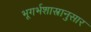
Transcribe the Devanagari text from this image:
भूगर्भशास्त्रानुसार